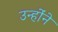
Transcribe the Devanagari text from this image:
उन्हांेने